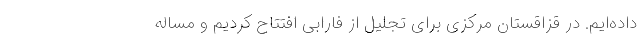
داده‌ایم. در قزاقستان مرکزی برای تجلیل از فارابی افتتاح کردیم و مساله